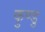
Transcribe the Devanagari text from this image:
कुण्डु